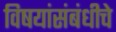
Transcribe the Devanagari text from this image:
विषयांसंबंधीचे